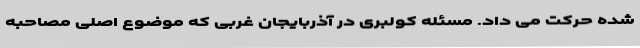
شده حرکت می داد. مسئله کولبری در آذربایجان غربی که موضوع اصلی مصاحبه